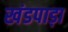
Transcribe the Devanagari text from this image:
खंडपाड़ा